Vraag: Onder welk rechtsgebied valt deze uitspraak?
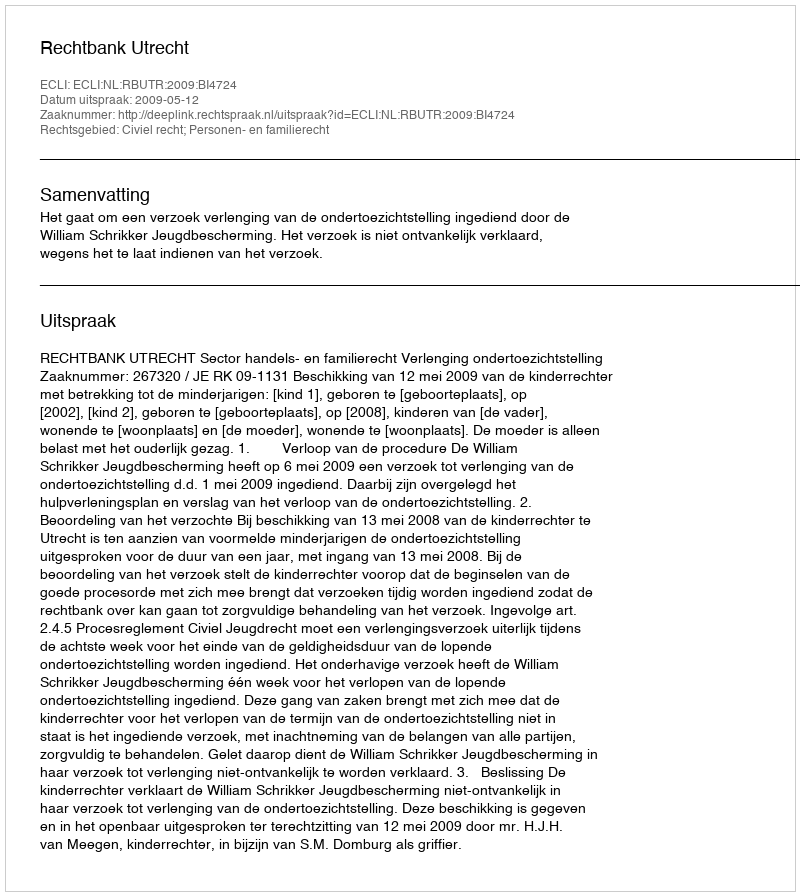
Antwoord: Civiel recht; Personen- en familierecht